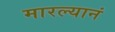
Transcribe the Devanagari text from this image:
मारल्यानं